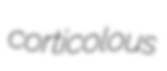
corticolous